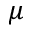
\mu